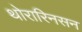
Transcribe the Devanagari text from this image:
थोरारिनसन